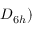
D _ { 6 h } )